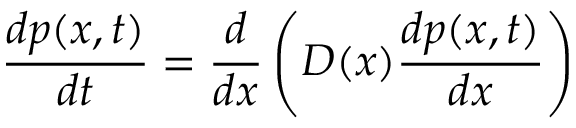
{ \frac { d p ( x , t ) } { d t } } = { \frac { d } { d x } } \left( D ( x ) { \frac { d p ( x , t ) } { d x } } \right)